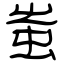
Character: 蚩